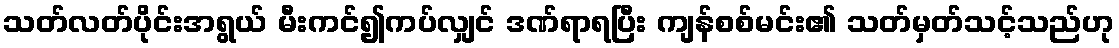
သတ်လတ်ပိုင်းအရွယ် မီးကင်၍ကပ်လျှင် ဒဏ်ရာရပြီး ကျန်စစ်မင်း၏ သတ်မှတ်သင့်သည်ဟု